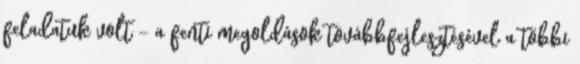
feladatuk volt - a fenti megoldások továbbfejlesztésével a többi